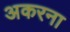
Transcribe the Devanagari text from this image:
अकरना